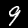
Digit: 9